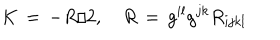
K \, = \, - R / 2 , \quad R \, = \, g ^ { i l } g ^ { j k } R _ { i j k l }